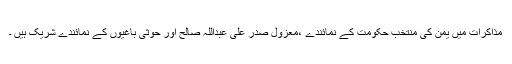
مذاکرات میں یمن کی منتخب حکومت کے نمائندے ،معزول صدر علی عبداللہ صالح اور حوثی باغیوں کے نمائندے شریک ہیں ۔